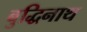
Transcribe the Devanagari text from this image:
बुद्धिनाथ